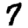
Digit: 7